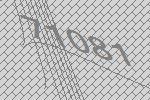
71081